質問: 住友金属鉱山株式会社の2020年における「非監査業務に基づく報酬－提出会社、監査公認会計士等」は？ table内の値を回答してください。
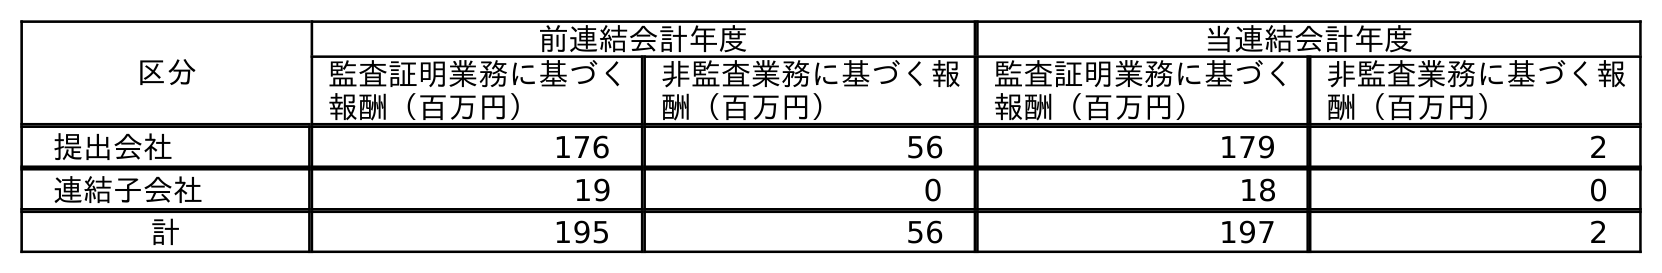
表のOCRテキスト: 区分 前連結会計年度 当連結会計年度 監査証明業務に基づく 報酬（百万円） 非監査業務に基づく報 酬（百万円） 監査証明業務に基づく 報酬（百万円） 非監査業務に基づく報 酬（百万円） 提出会社 176 56 179 2 連結子会社 19 0 18 0 計 195 56 197 2
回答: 2